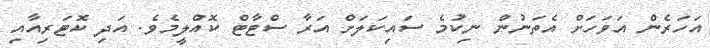
އަހަރެން އަވަހަށް އެތަނުން ނިކުމެ ސައިކަލަށް އަރާ ސްޓާޓް ކޮއްލީމެވެ. އަދި ކޮޓަރިއާއި